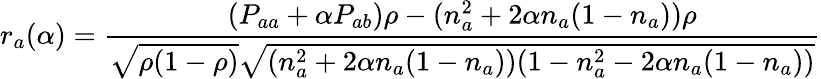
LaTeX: r_{a}(\alpha)=\frac{(P_{aa}+\alpha P_{ab})\rho-(n_{a}^{2}+2\alpha n_{a}(1-n_{a}))\rho}{\sqrt{\rho(1-\rho)}\sqrt{(n_{a}^{2}+2\alpha n_{a}(1-n_{a}))(1-n_{a}^{2}-2\alpha n_{a}(1-n_{a}))}}